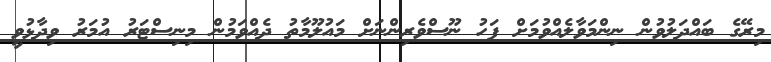
މިރޭގެ ބައްދަލުވުން ނިންމަވާލެއްވުމަށް ފަހު ނޫސްވެރިންނަށް މައުލޫމާތު ދެއްވަމުން މިނިސްޓަރު އުމަރު ވިދާޅުވީ